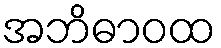
အဘိဓာဝထ